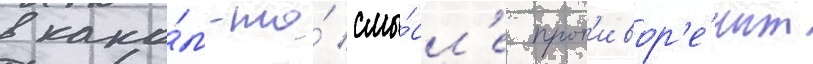
в како́м-то́ смы́сл'е прот'ивор'е́чит